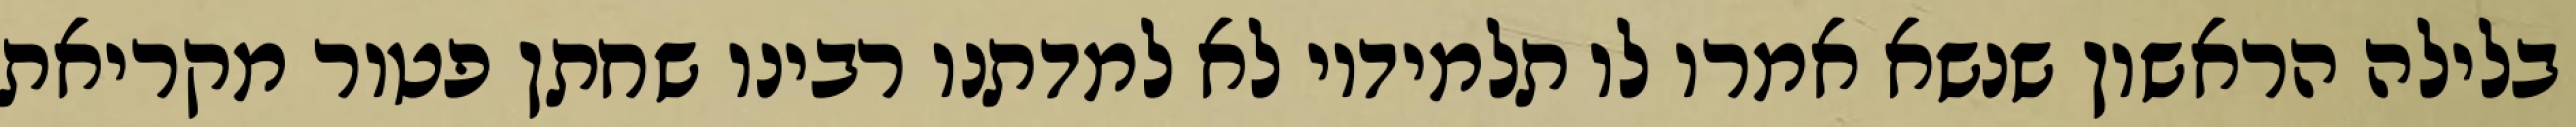
בלילה הראשון שנשא אמרו לו תלמידיו לא למדתנו רבינו שחתן פטור מקריאת